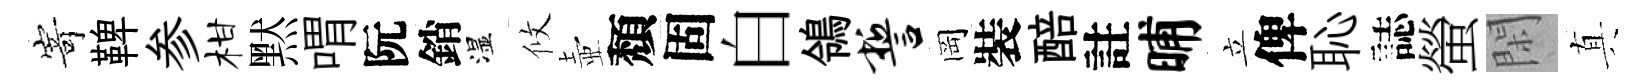
𭔃鞞参柑黙喟阮銷湿攸壺頽固白鴒誓岡裝醅註晡立俾恥誌螢閑真